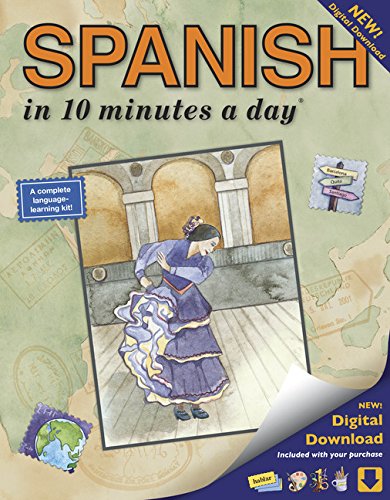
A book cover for SPANISH in 10 minutes a dayÂ®; Kristine K. Kershul; Reference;